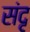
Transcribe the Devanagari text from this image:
संदृ